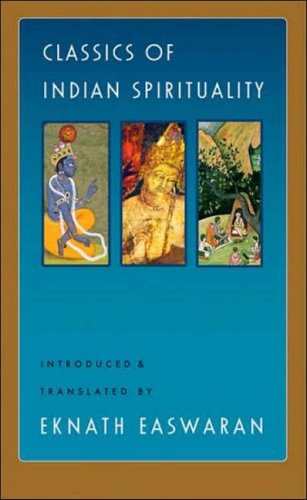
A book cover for Classics of Indian Spirituality: the Bhagavad Gita, Dhammapada and Upanishads; Religion & Spirituality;